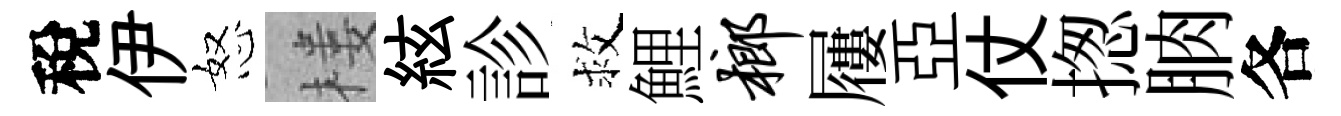
稅伊怒楼絃診救鯉榔屨亞仗揔朒各